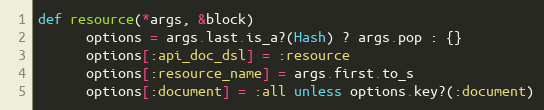
Language: Ruby
def resource(*args, &block)
      options = args.last.is_a?(Hash) ? args.pop : {}
      options[:api_doc_dsl] = :resource
      options[:resource_name] = args.first.to_s
      options[:document] = :all unless options.key?(:document)